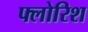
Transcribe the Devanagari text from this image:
फ्लोरिश